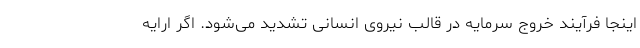
اینجا فرآیند خروج سرمایه در قالب نیروی انسانی تشدید می‌شود. اگر ارایه